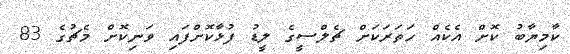
ކާމިޔާބު ކޮށް އެކެއް ހަތަރަކަށް ޗެލްސީގެ ލީޑު ފުޅާކޮށްފައި ވަނިކޮށް މެޗުގެ 83